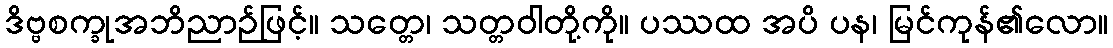
ဒိဗ္ဗစက္ခုအဘိညာဉ်ဖြင့်။ သတ္တေ၊ သတ္တဝါတို့ကို။ ပဿထ အပိ ပန၊ မြင်ကုန်၏လော။